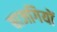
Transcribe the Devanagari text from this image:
बाजगियों